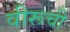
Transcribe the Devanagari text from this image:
वीरूची